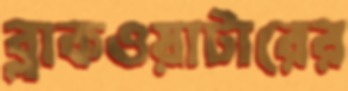
ব্লাকওয়াটারের